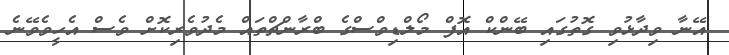
އޭނާ ވިދާޅުވި ގޮތުގައި ބޭންކް އޮފް މޯލްޑިވްސްގެ ބްރާންޗްތައް މެދުވެރިކޮށް ވެސް އެހީވެވޭނެ